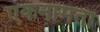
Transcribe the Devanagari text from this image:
एकनामता